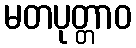
မတပုတ္တာဝ